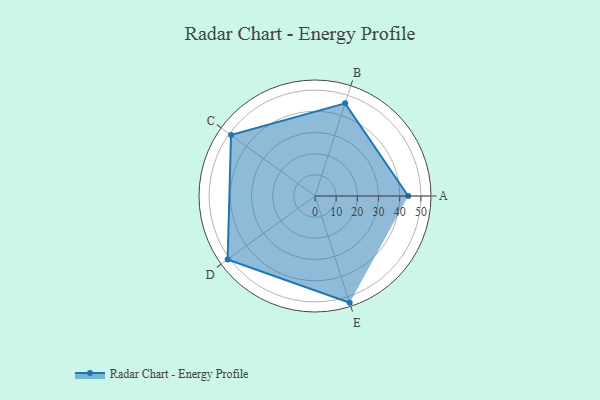
{"axis": {"x": "Skill", "y": "Score"}, "legend": ["Profile"], "data": [{"x": "A", "y": 44.0, "type": "Profile"}, {"x": "B", "y": 46.0, "type": "Profile"}, {"x": "C", "y": 49.0, "type": "Profile"}, {"x": "D", "y": 51.0, "type": "Profile"}, {"x": "E", "y": 53.0, "type": "Profile"}]}